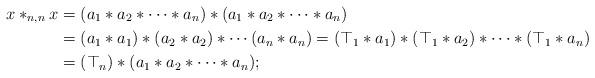
LaTeX: \begin{align*} x\ast_{n, n} x &= (a_{1} \ast a_{2} \ast \cdots \ast a_{n}) \ast (a_{1} \ast a_{2} \ast \cdots \ast a_{n}) \\ &= (a_{1} \ast a_{1}) \ast (a_2 \ast a_2) \ast \cdots (a_n \ast a_{n})=(\top_1 \ast a_1) \ast (\top_1 \ast a_2) \ast \cdots \ast (\top_1 \ast a_n)\\ &= (\top_n) \ast (a_{1} \ast a_{2} \ast \cdots \ast a_{n});\end{align*}